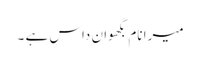
میرا نام بگھوان داس ہے ۔